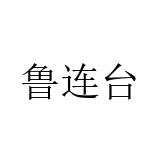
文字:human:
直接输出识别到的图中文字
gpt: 鲁连台